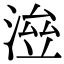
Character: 𣸓